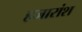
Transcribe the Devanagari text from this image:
हजारांश